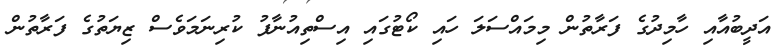
އަދީބުއާއި ހާމިދުގެ ފަރާތުން މިމައްސަލަ ހައި ކޯޓުގައި އިސްތިއުނާފު ކުރިނަމަވެސް ޒިޔަތުގެ ފަރާތުން